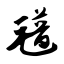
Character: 氆